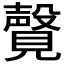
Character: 𫌤